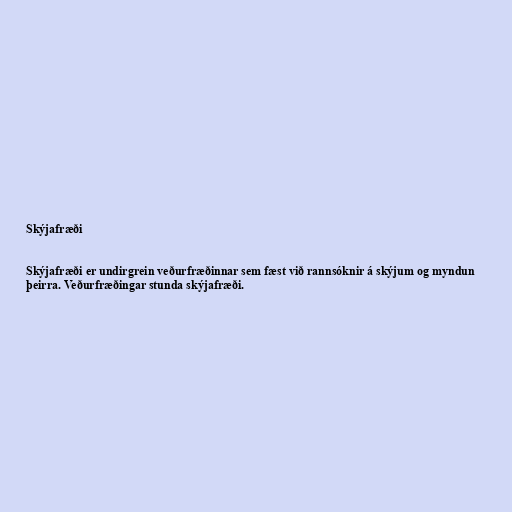
Skýjafræði

Skýjafræði er undirgrein veðurfræðinnar sem fæst við rannsóknir á skýjum og myndun
þeirra. Veðurfræðingar stunda skýjafræði.